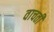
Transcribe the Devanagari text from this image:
वाचती